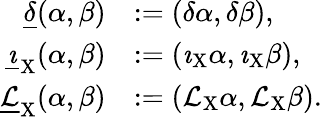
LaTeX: \begin{array}{rl}{\underline{{\delta}}(\alpha,\beta)}&{:=(\delta\alpha,\delta\beta),}\\ {\underline{{\imath}}_{\mathrm{X}}(\alpha,\beta)}&{:=(\imath_{\mathrm{X}}\alpha,\imath_{\mathrm{X}}\beta),}\\ {\underline{{\mathcal{L}}}_{\mathrm{X}}(\alpha,\beta)}&{:=(\mathcal{L}_{\mathrm{X}}\alpha,\mathcal{L}_{\mathrm{X}}\beta).}\end{array}